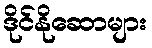
ဒိုင်နိုဆောများ